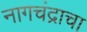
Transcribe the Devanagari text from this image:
नागचंद्राचा